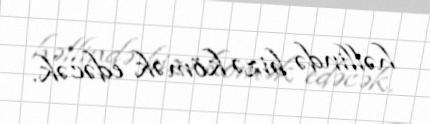
həllində bizə kömək edəcək.